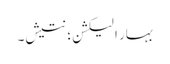
بہار الیکشن؛ نتیش۔